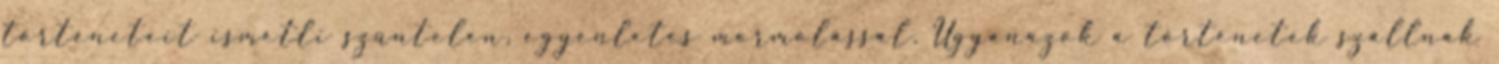
történeteit ismétli szüntelen, egyenletes mormolással. Ugyanazok a történetek szállnak